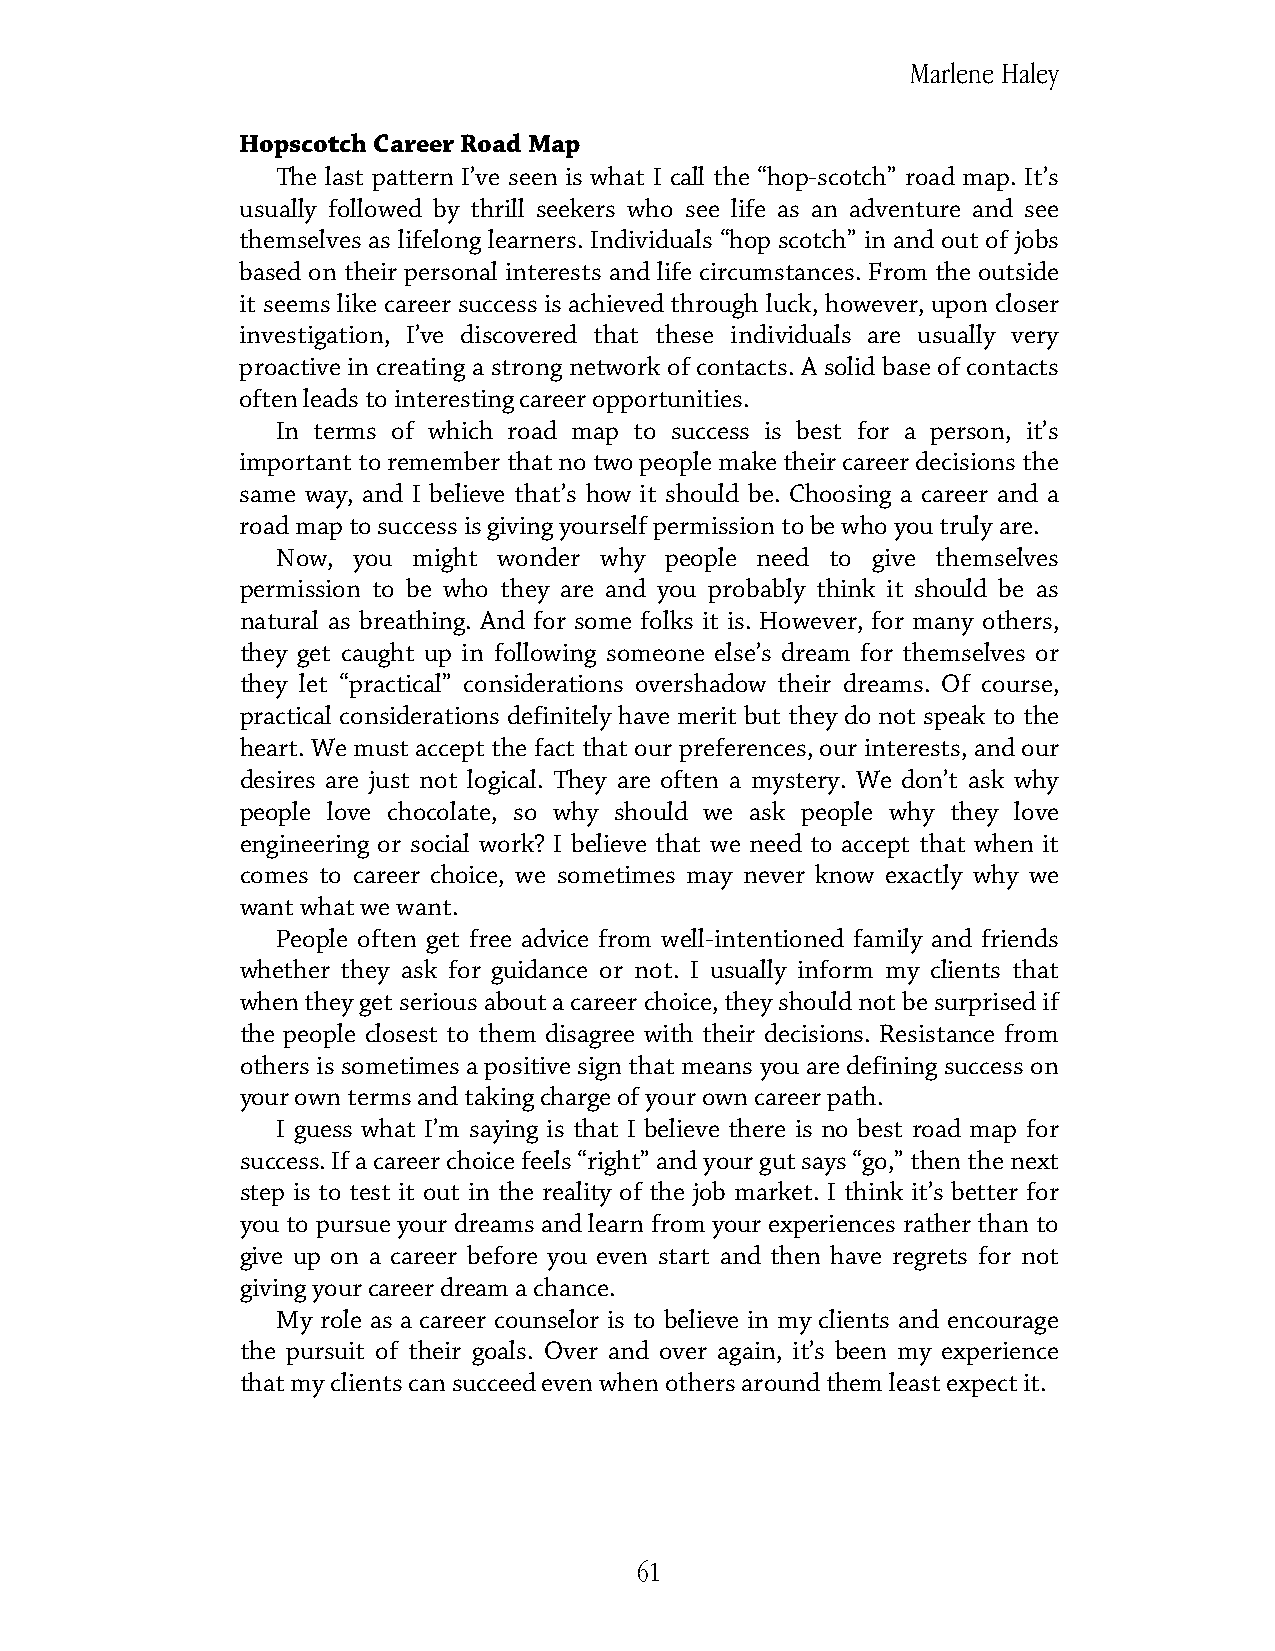
Marlene Haley
 Hopscotch Career Road Map
 The last pattern I’ve seen is what I call the “hop-scotch” road map. It’s
 usually followed by thrill seekers who see life as an adventure and see
 themselves as lifelong learners. Individuals “hop scotch” in and out of jobs
 based on their personal interests and life circumstances. From the outside
 it seems like career success is achieved through luck, however, upon closer
 investigation, I’ve discovered that these individuals are usually very
 proactive in creating a strong network of contacts. A solid base of contacts
 often leads to interesting career opportunities.
 In terms of which road map to success is best for a person, it’s
 important to remember that no two people make their career decisions the
 same way, and I believe that’s how it should be. Choosing a career and a
 road map to success is giving yourself permission to be who you truly are.
 Now, you might wonder why people need to give themselves
 permission to be who they are and you probably think it should be as
 natural as breathing. And for some folks it is. However, for many others,
 they get caught up in following someone else’s dream for themselves or
 they let “practical” considerations overshadow their dreams. Of course,
 practical considerations definitely have merit but they do not speak to the
 heart. We must accept the fact that our preferences, our interests, and our
 desires are just not logical. They are often a mystery. We don’t ask why
 people love chocolate, so why should we ask people why they love
 engineering or social work? I believe that we need to accept that when it
 comes to career choice, we sometimes may never know exactly why we
 want what we want.
 People often get free advice from well-intentioned family and friends
 whether they ask for guidance or not. I usually inform my clients that
 when they get serious about a career choice, they should not be surprised if
 the people closest to them disagree with their decisions. Resistance from
 others is sometimes a positive sign that means you are defining success on
 your own terms and taking charge of your own career path.
 I guess what I’m saying is that I believe there is no best road map for
 success. If a career choice feels “right” and your gut says “go,” then the next
 step is to test it out in the reality of the job market. I think it’s better for
 you to pursue your dreams and learn from your experiences rather than to
 give up on a career before you even start and then have regrets for not
 giving your career dream a chance.
 My role as a career counselor is to believe in my clients and encourage
 the pursuit of their goals. Over and over again, it’s been my experience
 that my clients can succeed even when others around them least expect it.
 61